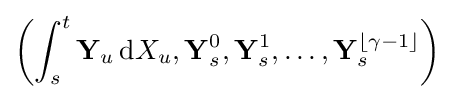
\left(\int _{s}^{t}\mathbf {Y} _{u}\,\mathrm {d} X_{u},\mathbf {Y} _{s}^{0},\mathbf {Y} _{s}^{1},\ldots ,\mathbf {Y} _{s}^{\lfloor \gamma -1\rfloor }\right)